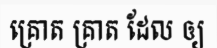
គ្រោត គ្រាត ដែល ឲ្យ